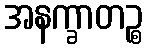
အနက္ခာတဉ္စ